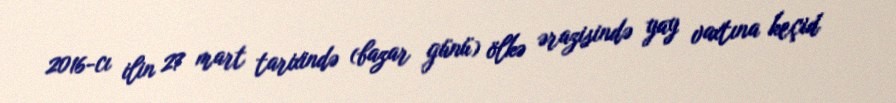
2016-cı ilin 27 mart tarixində (bazar günü) ölkə ərazisində yay vaxtına keçid